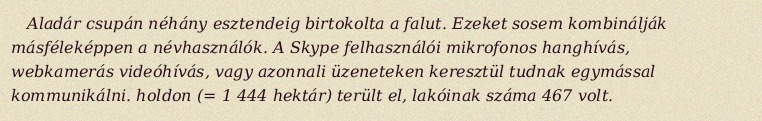
Aladár csupán néhány esztendeig birtokolta a falut. Ezeket sosem kombinálják másféleképpen a névhasználók. A Skype felhasználói mikrofonos hanghívás, webkamerás videóhívás, vagy azonnali üzeneteken keresztül tudnak egymással kommunikálni. holdon (= 1 444 hektár) terült el, lakóinak száma 467 volt.